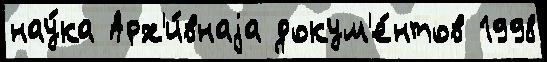
нау́ка Арх'и́внаjа докум'е́нтов 1998